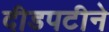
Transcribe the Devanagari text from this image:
दीडपटीने